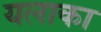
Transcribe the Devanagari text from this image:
यलाका